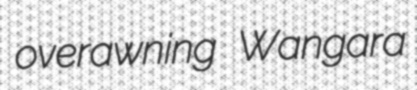
overawning Wangara